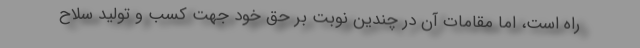
راه است، اما مقامات آن در چندین نوبت بر حق خود جهت کسب و تولید سلاح